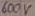
Text: 600V